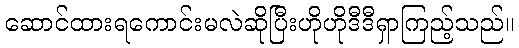
ဆောင်ထားရကောင်းမလဲဆိုပြီးဟိုဟိုဒီဒီရှာကြည့်သည်။